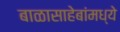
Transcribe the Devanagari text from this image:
बाळासाहेबांमध्ये